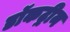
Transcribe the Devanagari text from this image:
डॉकट्रीन